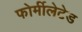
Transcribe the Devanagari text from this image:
फोर्मीलेटेड